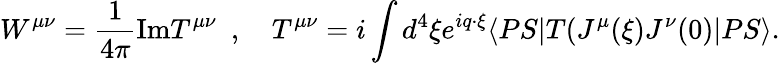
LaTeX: W^{\mu\nu}={\frac{1}{4\pi}}\mathrm{Im}T^{\mu\nu}~~,~~~~T^{\mu\nu}=i\int d^{4}\xi e^{iq\cdot\xi}\langle PS|T(J^{\mu}(\xi)J^{\nu}(0)|PS\rangle.